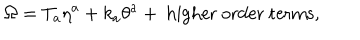
\Omega = T _ { a } \eta ^ { a } + k _ { a } \theta ^ { a } + \mathrm { \ h i g h e r \ o r d e r \ t e r m s } ,